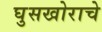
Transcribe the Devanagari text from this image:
घुसखोराचे